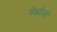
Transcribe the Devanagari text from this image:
पेओप्ले